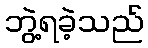
ဘွဲ့ရခဲ့သည်